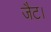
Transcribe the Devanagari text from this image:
जैट।